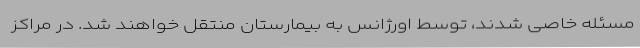
مسئله خاصی شدند، توسط اورژانس به بیمارستان منتقل خواهند شد. در مراکز